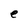
Character: e